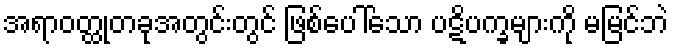
အရာဝတ္ထုတခုအတွင်းတွင် ဖြစ်ပေါ်သော ပဋိပက္ခများကို မမြင်ဘဲ